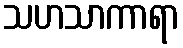
သဟသာကာရာ